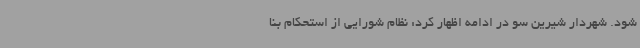
شود. شهردار شیرین سو در ادامه اظهار کرد: نظام شورایی از استحکام بنا